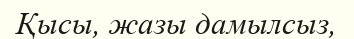
Қысы, жазы дамылсыз,